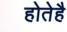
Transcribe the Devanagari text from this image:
होतेहै